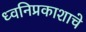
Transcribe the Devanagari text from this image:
ध्वनिप्रकाशाचे